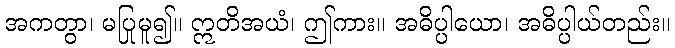
အကတွာ၊ မပြုမူ၍။ ဣတိအယံ၊ ဤကား။ အဓိပ္ပါယော၊ အဓိပ္ပါယ်တည်း။